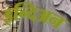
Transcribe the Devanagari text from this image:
इन्दिअन